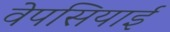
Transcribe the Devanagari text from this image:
वेपसियाई